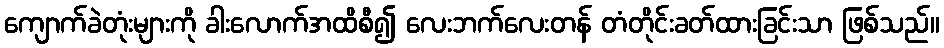
ကျောက်ခဲတုံးများကို ခါးလောက်အထိစီ၍ လေးဘက်လေးတန် တံတိုင်းခတ်ထားခြင်းသာ ဖြစ်သည်။